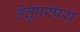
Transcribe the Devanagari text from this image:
हेतुपरंपरा